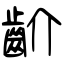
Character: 齘